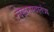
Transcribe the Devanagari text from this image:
लेखनस्वातंत्र्य